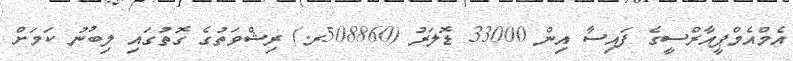
އެމްއެމްޕީއާރްސީގެ ފައިސާ އިން 33000 ޑޮލަރު (508860ރ.) ރިޝްވަތުގެ ގޮތުގައި ލިބުނު ކަމަށް